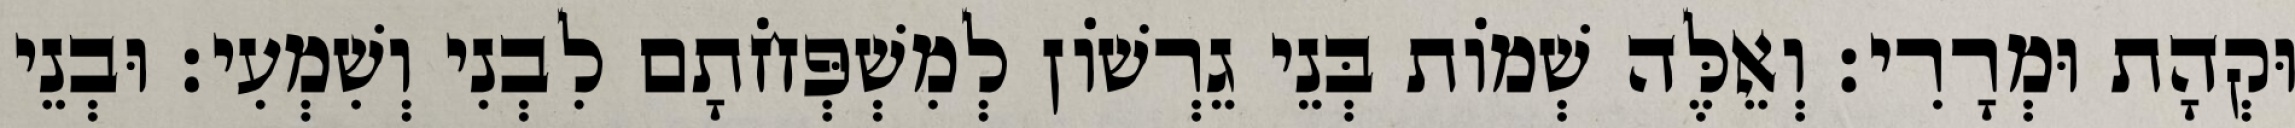
וּקְהָת וּמְרָרִי׃ וְאֵלֶּה שְׁמוֹת בְּנֵי גֵרְשׁוֹן לְמִשְׁפְּחֹתָם לִבְנִי וְשִׁמְעִי׃ וּבְנֵי